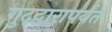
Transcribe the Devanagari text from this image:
गुदद्वारापर्यंत